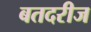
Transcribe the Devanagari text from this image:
बतदरीज